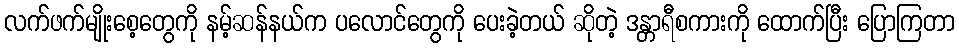
လက်ဖက်မျိုးစေ့တွေကို နမ့်ဆန်နယ်က ပလောင်တွေကို ပေးခဲ့တယ် ဆိုတဲ့ ဒန္တာရီစကားကို ထောက်ပြီး ပြောကြတာ